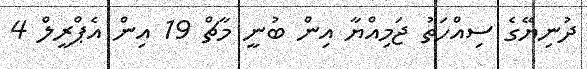
ދުނިޔޭގެ ސިއްހަތު ޖަމިއްޔާ އިން ބުނީ މާޗް 19 އިން އެޕްރީލް 4